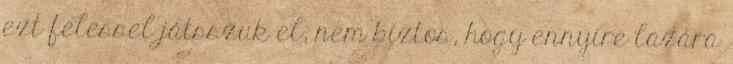
ezt felessel játsszuk el, nem biztos, hogy ennyire lazára